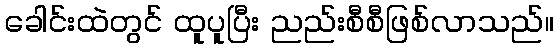
ခေါင်းထဲတွင် ထူပူပြီး ညည်းစီစီဖြစ်လာသည်။